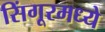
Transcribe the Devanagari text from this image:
सिंगूरमध्ये